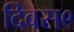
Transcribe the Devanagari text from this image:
दिवस९